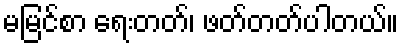
မမြင်စာ ရေးတတ်၊ ဖတ်တတ်ပါတယ်။